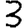
Digit: 3